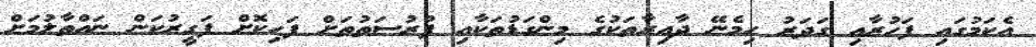
އެކަމުގައި ފަހުރާއި ގަދަރު ހިމެނޭ ދާއިރާތަކުގެ މިންގަޑުތަކާއި ފުރުސަތުތަށް ފަހިކޮށް ފަގީރުކަން ނައްތާލުމަށް